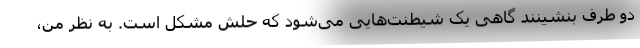
دو طرف بنشینند گاهی یک شیطنت‌هایی می‌شود که حلش مشکل است. به نظر من،